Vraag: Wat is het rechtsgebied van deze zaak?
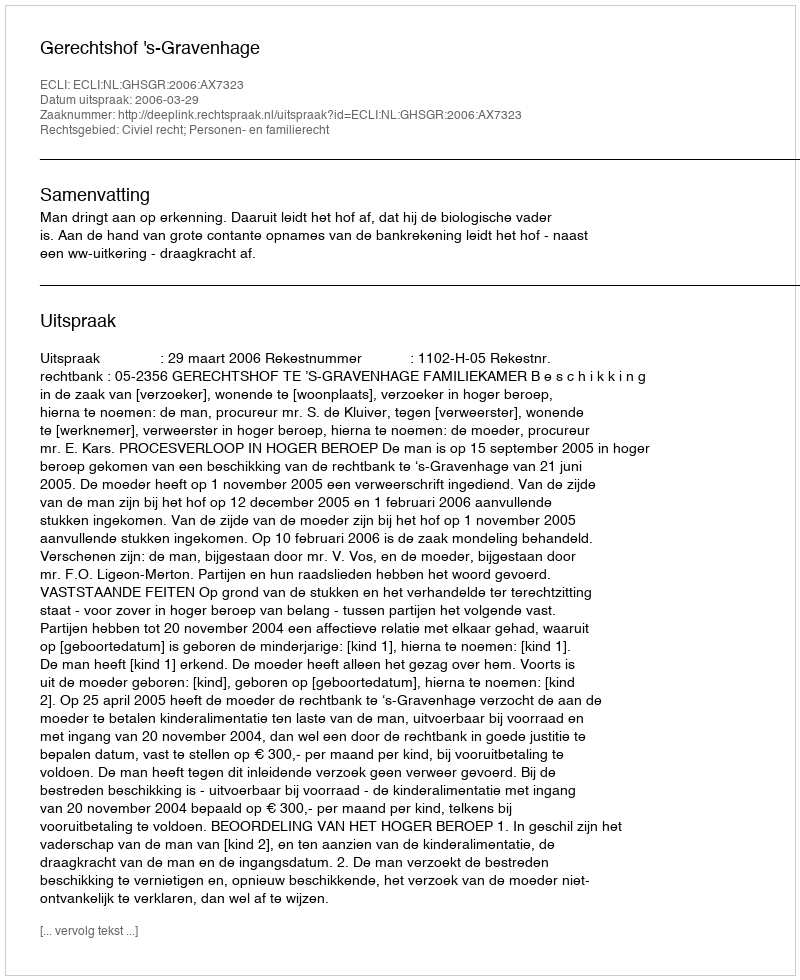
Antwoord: Civiel recht; Personen- en familierecht